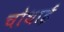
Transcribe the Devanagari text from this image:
चोथाई